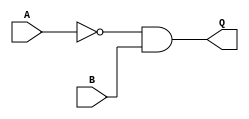
/* Name of Design
 * --------------
 * By: Doctor Who
 *
 * Module Description:
 * -------------------
 * A description of the module, its ports, connections, and parameters.
 */                                        /*!\tikzmark{se_moduleheader}!*/
module SimpleExample (
    // Declare our input and output ports
    input A,
    input B,
    output wire Q
); 
    // Internal wire connection
    wire A_n;
    // Declare NOT gate primitive with input A and output to wire A_n
    not(A_n,A);
    // Declare AND gate primitive with inputs A_n and B with output Q
    and(Q,A_n,B);
endmodule